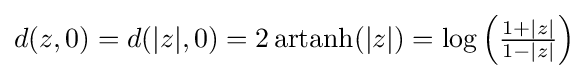
d(z,0)=d(|z|,0)=2\operatorname {artanh} (|z|)=\log \left({\tfrac {1+|z|}{1-|z|}}\right)